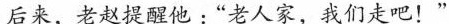
后来，老赵提醒他：“老人家，我们走吧！“